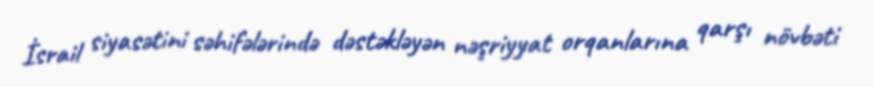
İsrail siyasətini səhifələrində dəstəkləyən nəşriyyat orqanlarına qarşı növbəti